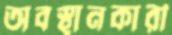
অবস্থানকারী